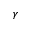
\gamma